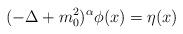
LaTeX: \begin{align*}(-\Delta+m_0^2)^\alpha\phi(x)=\eta(x)\end{align*}